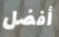
أفضل